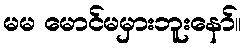
မမ မောင်မမှားဘူးနော်။